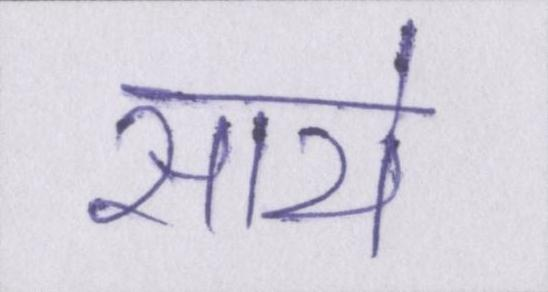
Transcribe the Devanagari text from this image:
साये